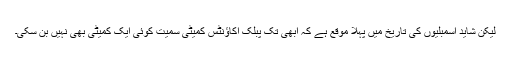
لیکن شاید اسمبلیوں کی تاریخ میں پہلا موقع ہے کہ ابھی تک پبلک اکاؤنٹس کمیٹی سمیت کوئی ایک کمیٹی بھی نہیں بن سکی۔